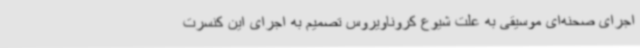
اجرای صحنه‌ای موسیقی به علت شیوع کروناویروس تصمیم به اجرای این کنسرت